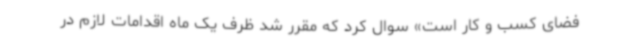
فضای کسب و کار است» سوال کرد که مقرر شد ظرف یک ماه اقدامات لازم در